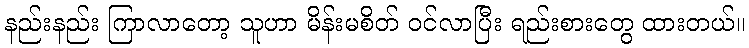
နည်းနည်း ကြာလာတော့ သူဟာ မိန်းမစိတ် ဝင်လာပြီး ရည်းစားတွေ ထားတယ်။